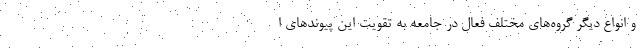
و انواع دیگر گروه‌های مختلف فعال در جامعه به تقویت این پیوندهای ا